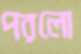
পরলো